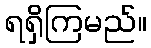
ရရှိကြမည်။